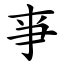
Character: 亊